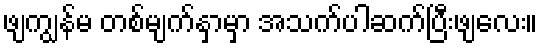
ဖျကျွန်မ တစ်မျက်နှာမှာ အသက်ပါဆက်ပြီးဖျလေး။